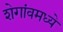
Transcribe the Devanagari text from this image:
शेगांवमध्ये